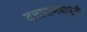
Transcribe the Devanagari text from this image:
दत्तारामबापूंनी